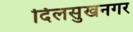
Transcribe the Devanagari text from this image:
दिलसुखनगर